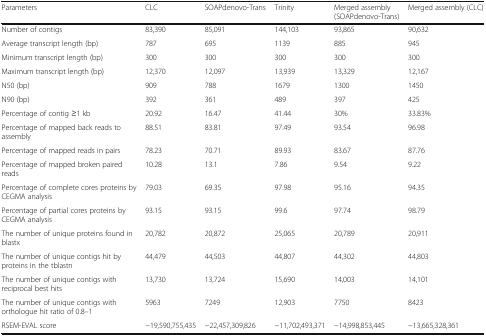
<table><thead><tr><td><b>Parameters</b></td><td><b>CLC</b></td><td><b>SOAPdenovo-Trans</b></td><td><b>Trinity</b></td><td><b>Merged assembly (SOAPdenovo-Trans)</b></td><td><b>Merged assembly (CLC)</b></td></tr></thead><tbody><tr><td>Number of contigs</td><td>83,390</td><td>85,091</td><td>144,103</td><td>93,865</td><td>90,632</td></tr><tr><td>Average transcript length (bp)</td><td>787</td><td>695</td><td>1139</td><td>885</td><td>945</td></tr><tr><td>Minimum transcript length (bp)</td><td>300</td><td>300</td><td>300</td><td>300</td><td>300</td></tr><tr><td>Maximum transcript length (bp)</td><td>12,370</td><td>12,097</td><td>13,939</td><td>13,329</td><td>12,167</td></tr><tr><td>N50 (bp)</td><td>909</td><td>788</td><td>1679</td><td>1300</td><td>1450</td></tr><tr><td>N90 (bp)</td><td>392</td><td>361</td><td>489</td><td>397</td><td>425</td></tr><tr><td>Percentage of contig ≥1 kb</td><td>20.92</td><td>16.47</td><td>41.44</td><td>30%</td><td>33.83%</td></tr><tr><td>Percentage of mapped back reads to assembly</td><td>88.51</td><td>83.81</td><td>97.49</td><td>93.54</td><td>96.98</td></tr><tr><td>Percentage of mapped reads in pairs</td><td>78.23</td><td>70.71</td><td>89.93</td><td>83.67</td><td>87.76</td></tr><tr><td>Percentage of mapped broken paired reads</td><td>10.28</td><td>13.1</td><td>7.86</td><td>9.54</td><td>9.22</td></tr><tr><td>Percentage of complete cores proteins by CEGMA analysis</td><td>79.03</td><td>69.35</td><td>97.98</td><td>95.16</td><td>94.35</td></tr><tr><td>Percentage of partial cores proteins by CEGMA analysis</td><td>93.15</td><td>93.15</td><td>99.6</td><td>97.74</td><td>98.79</td></tr><tr><td>The number of unique proteins found in blastx</td><td>20,782</td><td>20,872</td><td>25,065</td><td>20,789</td><td>20,911</td></tr><tr><td>The number of unique contigs hit by proteins in the tblastn</td><td>44,479</td><td>44,503</td><td>44,807</td><td>44,302</td><td>44,803</td></tr><tr><td>The number of unique contigs with reciprocal best hits</td><td>13,730</td><td>13,724</td><td>15,690</td><td>14,003</td><td>14,101</td></tr><tr><td>The number of unique contigs with orthologue hit ratio of 0.8–1</td><td>5963</td><td>7249</td><td>12,903</td><td>7750</td><td>8423</td></tr><tr><td>RSEM-EVAL score</td><td>−19,590,755,435</td><td>−22,457,309,826</td><td>−11,702,493,371</td><td>−14,998,853,445</td><td>−13,665,328,361</td></tr></tbody></table>